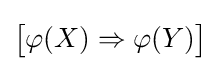
{\bigl [}\varphi (X)\Rightarrow \varphi (Y){\bigr ]}